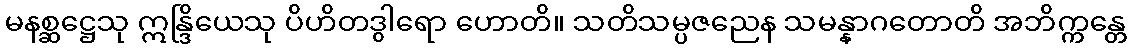
မနစ္ဆဋ္ဌေသု ဣန္ဒြိယေသု ပိဟိတဒွါရော ဟောတိ။ သတိသမ္ပဇညေန သမန္နာဂတောတိ အဘိက္ကန္တေ